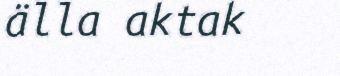
älla aktak